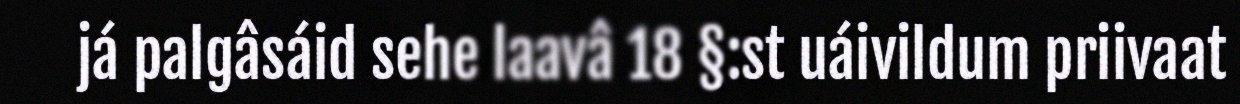
já palgâsáid sehe laavâ 18 §:st uáivildum priivaat